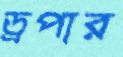
ড্রপার